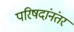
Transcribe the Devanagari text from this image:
परिषदांनंतर